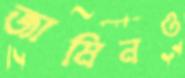
জামিনও